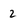
Character: 2